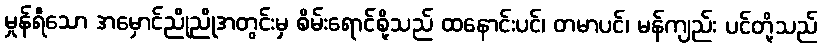
မှုန်ရီသော အမှောင်ညိုညိုအတွင်းမှ စိမ်းရောင်စို့သည် ထနောင်းပင်၊ တမာပင်၊ မန်ကျည်း ပင်တို့သည်